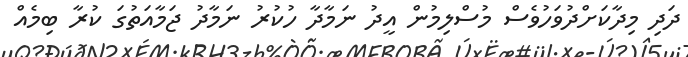
ދަދި މިދާކަށްދުވަހުވެސް މުސްލިމުން އީދު ނަމާދާ ހުކުރު ނަމާދު ޖަމާއަތުގަ ކުރާ ބިމެއް